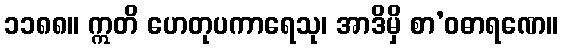
၁၁၈၈။ ဣတိ ဟေတုပကာရေသု၊ အာဒိမှိ စာ’ဝဓာရဏေ။